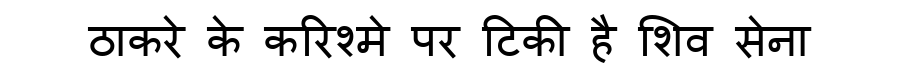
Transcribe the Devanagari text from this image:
ठाकरे के करिश्मे पर टिकी है शिव सेना